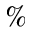
\%